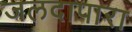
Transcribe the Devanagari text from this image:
जलदापारा